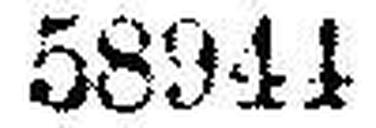
58944